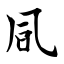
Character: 凬